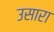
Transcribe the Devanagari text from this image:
उसारा